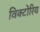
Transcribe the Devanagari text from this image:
विक्टोरिय